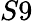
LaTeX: S9